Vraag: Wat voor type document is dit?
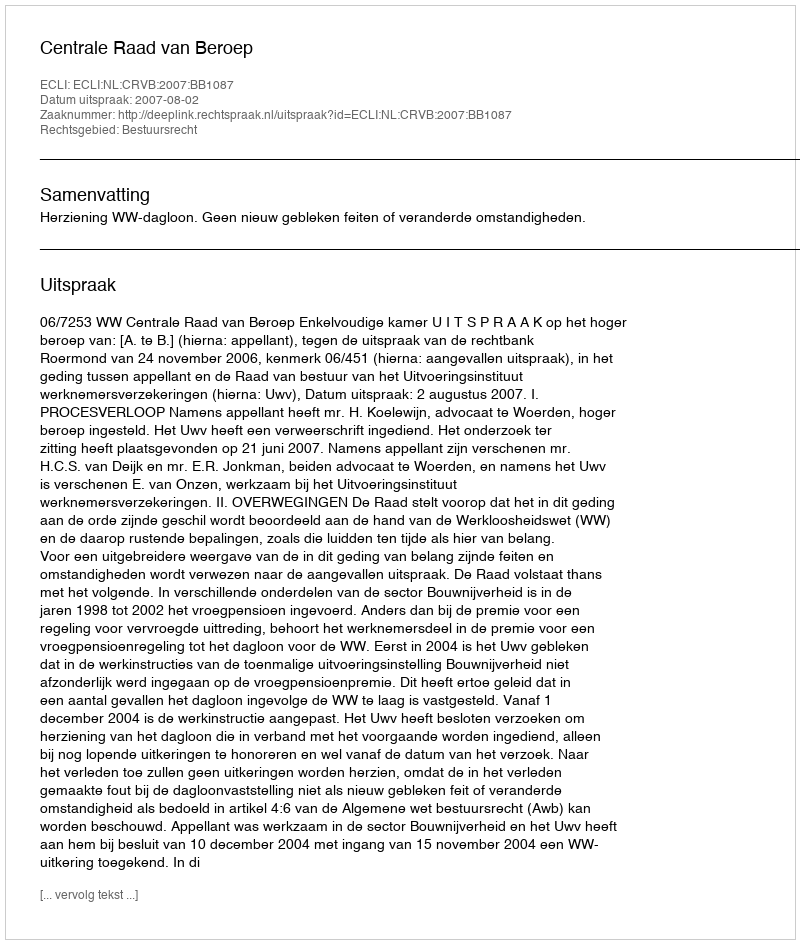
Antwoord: Uitspraak